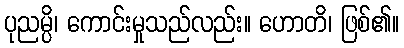
ပုညမ္ပိ၊ ကောင်းမှုသည်လည်း။ ဟောတိ၊ ဖြစ်၏။